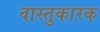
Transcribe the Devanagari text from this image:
वास्तुकारक